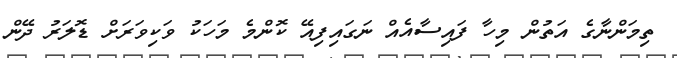
ތިމަންނާގެ އަތުން މިހާ ފައިސާއެއް ނަގައިފިއޭ ކޮންމެ މަހަކު ވަކިވަރަށް ޑޮލަރު ދޭން